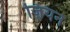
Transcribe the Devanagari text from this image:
ज़ियन